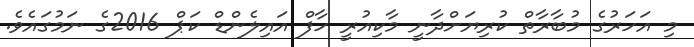
މި އަހަރުގެ މުބާރާތް ކުރިޔަށްދާނީ މާކިއުރީ ހާފް އައިލެންޑް ކަޕް 2016ގެ ނަމުގައެވެ.